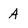
Character: A